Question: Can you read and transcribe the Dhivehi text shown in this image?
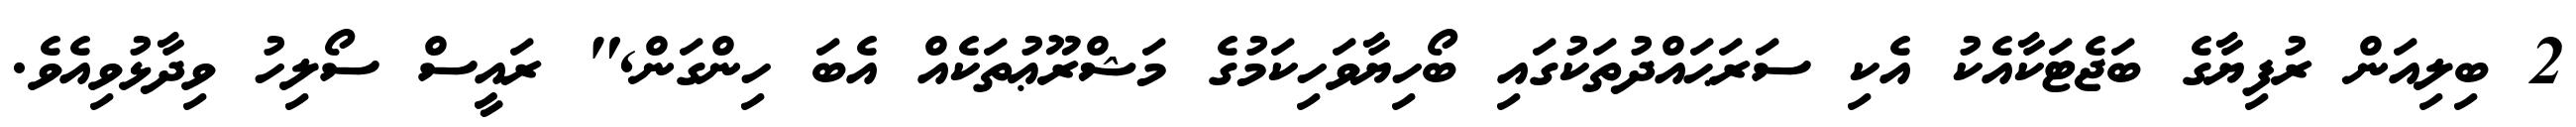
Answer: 2 ބިލިއަން ރުފިޔާގެ ބަޖެޓަކާއެކު އެކި ސަރަޙައްދުތަކުގައި ބޯހިޔާވަހިކަމުގެ މަޝްރޫޢުތަކެއް އެބަ ހިންގަން," ރައީސް ސޯލިހު ވިދާޅުވިއެވެ.